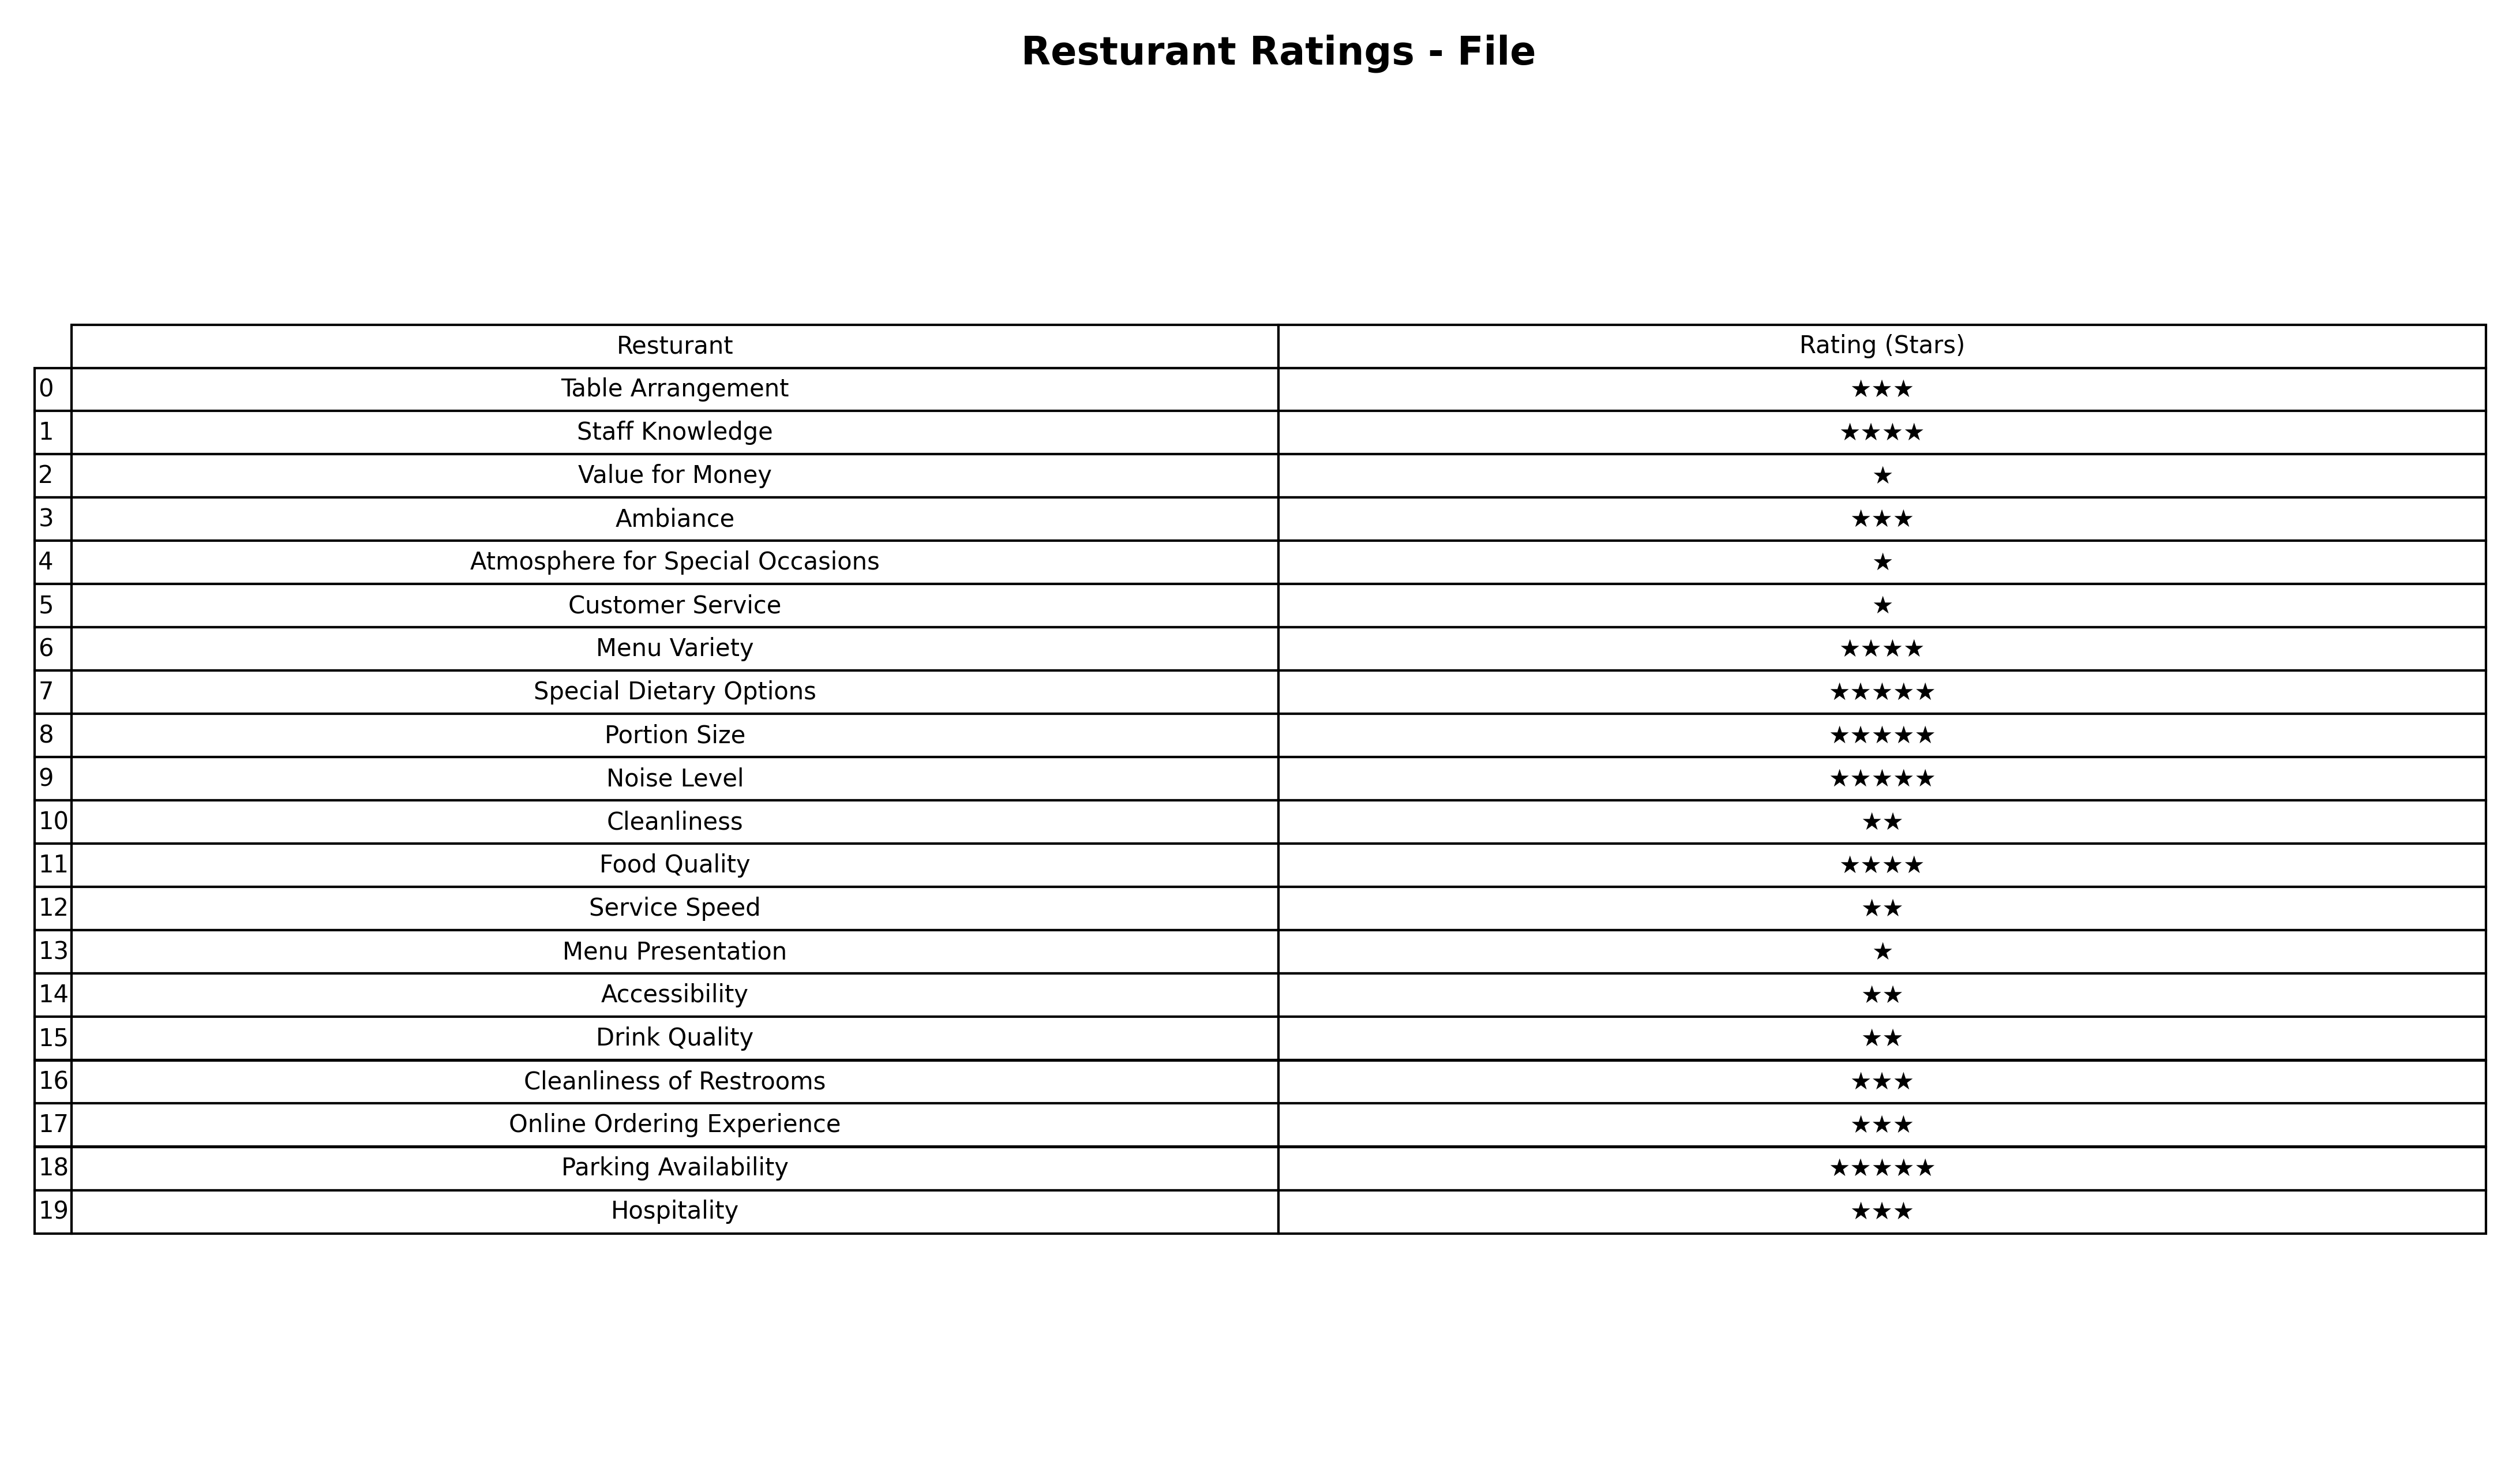
question: What is the rating of Ambiance?
answer: ★★★